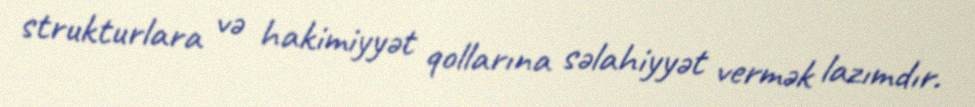
strukturlara və hakimiyyət qollarına səlahiyyət vermək lazımdır.